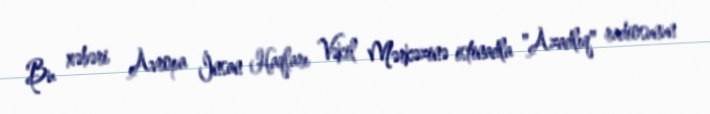
Bu xəbəri Avropa İnsan Haqları Vəkil Mərkəzinə istinadla "Azadlıq" radiosunun